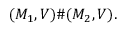
( M _ { 1 } , V ) \# ( M _ { 2 } , V ) .